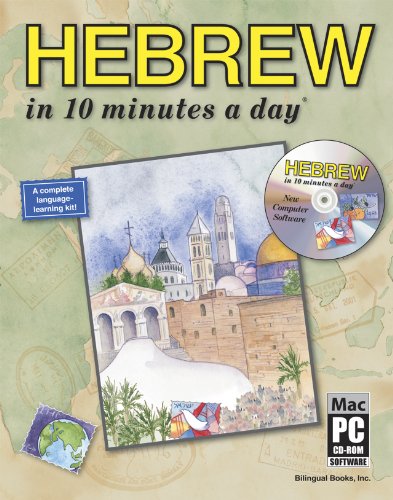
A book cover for HEBREW in 10 minutes a dayÂ® with CD-ROM; Kristine K. Kershul; Education & Teaching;